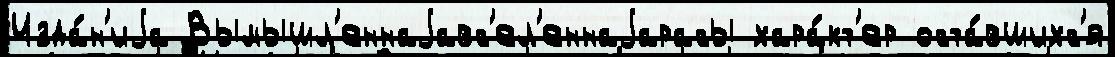
Изда́н'иjа Вымышл'еннаjавс'ел'еннаjарасы хара́кт'ер оста́вшихс'я